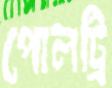
পোলট্রি